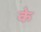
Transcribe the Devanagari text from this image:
के